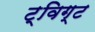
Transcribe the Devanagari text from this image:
ट्विग्ट